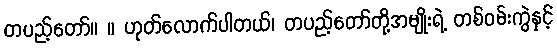
တပည့်တော်။ ။ ဟုတ်လောက်ပါတယ်၊ တပည့်တော်တို့အမျိုးရဲ့ တစ်ဝမ်းကွဲနှင့်